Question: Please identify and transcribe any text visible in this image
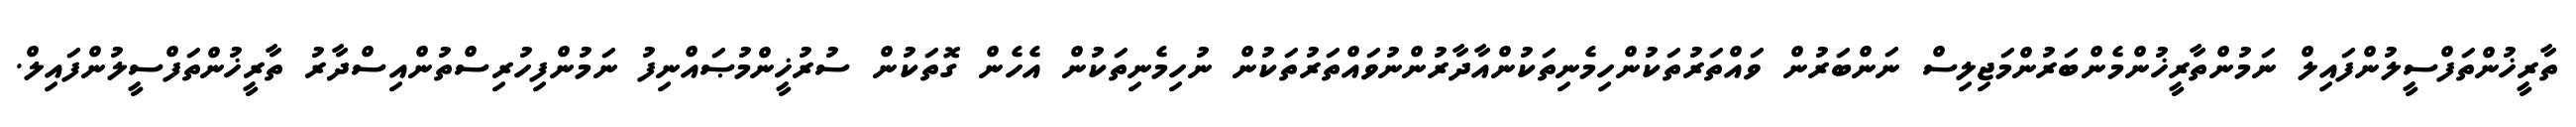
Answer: ތާރީޚުންތަފްސީލުންފައިލް ނަމުންތާރީޚުންމެންބަރުންމަޖިލިސް ނަންބަރުން ވައްތަރުތަކުންހިމެނިތަކުންއާދާރުންނުވައްތަރުތަކުން ނުހިމެނިތަކުން އެހެން ގޮތަކުން ސުރުޚީންމުޞައްނިފު ނަމުންފިހުރިސްތުންއިސްދާރު ތާރީޚުންތަފްސީލުންފައިލް.